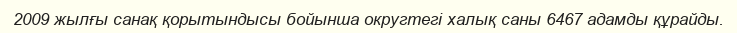
2009 жылғы санақ қорытындысы бойынша округтегі халық саны 6467 адамды құрайды.